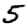
Digit: 5